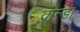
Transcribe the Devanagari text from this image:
वान्डा